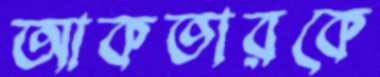
আকতারকে